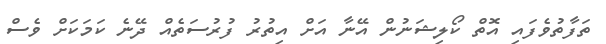
ތަފާތުވެފައި އޮތް ކޯލިޝަނުން އޭނާ އަށް އިތުރު ފުރުސަތެއް ދޭނެ ކަމަކަށް ވެސް